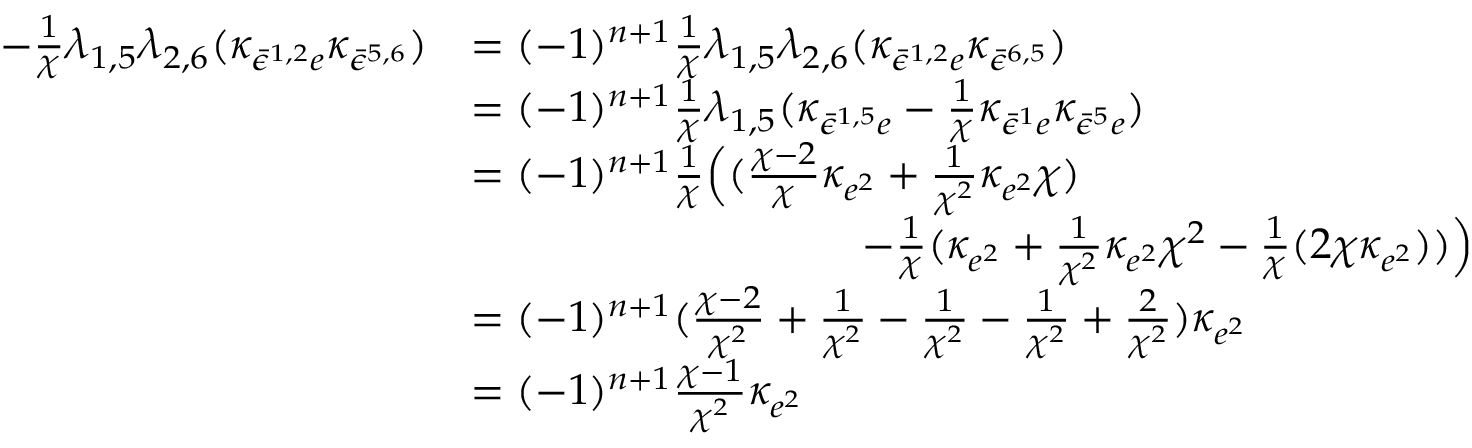
\begin{array} { r l } { - \frac { 1 } { \chi } \lambda _ { 1 , 5 } \lambda _ { 2 , 6 } ( \kappa _ { \bar { \epsilon } ^ { 1 , 2 } e } \kappa _ { \bar { \epsilon } ^ { 5 , 6 } } ) } & { = ( - 1 ) ^ { n + 1 } \frac { 1 } { \chi } \lambda _ { 1 , 5 } \lambda _ { 2 , 6 } ( \kappa _ { \bar { \epsilon } ^ { 1 , 2 } e } \kappa _ { \bar { \epsilon } ^ { 6 , 5 } } ) } \\ & { = ( - 1 ) ^ { n + 1 } \frac { 1 } { \chi } \lambda _ { 1 , 5 } ( \kappa _ { \bar { \epsilon } ^ { 1 , 5 } e } - \frac { 1 } { \chi } \kappa _ { \bar { \epsilon } ^ { 1 } e } \kappa _ { \bar { \epsilon } ^ { 5 } e } ) } \\ & { = ( - 1 ) ^ { n + 1 } \frac { 1 } { \chi } \Bigl ( ( \frac { \chi - 2 } { \chi } \kappa _ { e ^ { 2 } } + \frac { 1 } { \chi ^ { 2 } } \kappa _ { e ^ { 2 } } \chi ) } \\ & { \quad \quad \quad \quad \quad \quad \quad \quad \quad - \frac { 1 } { \chi } ( \kappa _ { e ^ { 2 } } + \frac { 1 } { \chi ^ { 2 } } \kappa _ { e ^ { 2 } } \chi ^ { 2 } - \frac { 1 } { \chi } ( 2 \chi \kappa _ { e ^ { 2 } } ) ) \Bigr ) } \\ & { = ( - 1 ) ^ { n + 1 } ( \frac { \chi - 2 } { \chi ^ { 2 } } + \frac { 1 } { \chi ^ { 2 } } - \frac { 1 } { \chi ^ { 2 } } - \frac { 1 } { \chi ^ { 2 } } + \frac { 2 } { \chi ^ { 2 } } ) \kappa _ { e ^ { 2 } } } \\ & { = ( - 1 ) ^ { n + 1 } \frac { \chi - 1 } { \chi ^ { 2 } } \kappa _ { e ^ { 2 } } } \end{array}